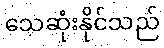
သေဆုံးနိုင်သည်